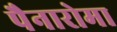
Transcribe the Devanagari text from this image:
पैनारोमा